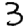
Digit: 3